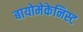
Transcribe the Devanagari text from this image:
बायोमेकेनिस्ट